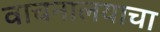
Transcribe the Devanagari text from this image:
वाचनालयाचा